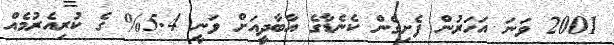
2001 ވަނަ އަހަރުން ފެށިގެން ކެނެޑާގެ އާބާދީއަށް ވަނީ 5.4% ގެ ކުރިއެރުމެއް